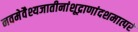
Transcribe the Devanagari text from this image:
नवमेवैश्यजातीनांशूद्राणांदशमात्परं